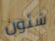
شئون